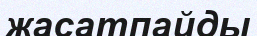
жасатпайды